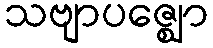
သဗျာပဇ္ဈော